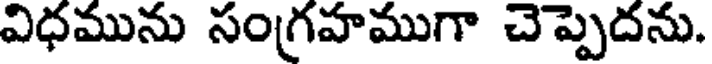
విధమును సంగ్రహముగా చెప్పెదను.